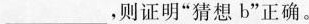
___，则证明”猜想b”正确。